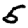
Digit: 5